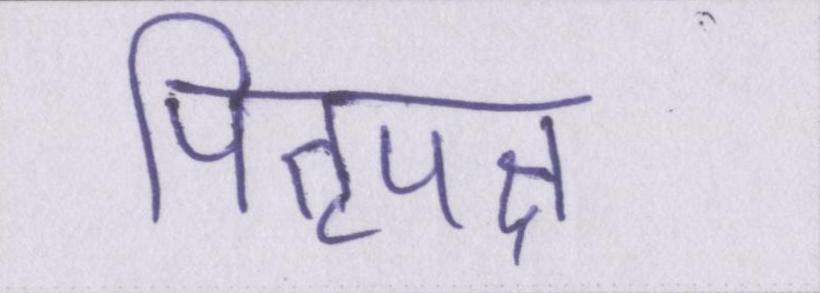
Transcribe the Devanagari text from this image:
पितृपक्ष